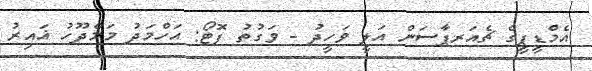
އެމްޑީޕީގެ ޗެއަރޕާސަން އަލީ ވަހީދު - ވަގުތު ފޮޓޯ: އަހްމަދު މަމްދޫހު ޣައިރު